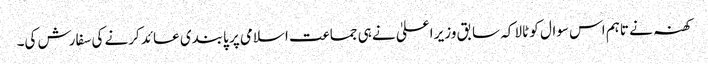
کھنہ نے تاہم اس سوال کو ٹالا کہ سابق وزیر اعلیٰ نے ہی جماعت اسلامی پر پابندی عائد کرنے کی سفارش کی۔